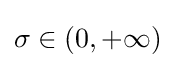
\sigma \in (0,+\infty )